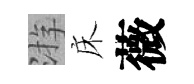
㳺床薇